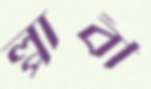
প্লাবী